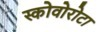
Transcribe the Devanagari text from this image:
स्कोवोरोटा